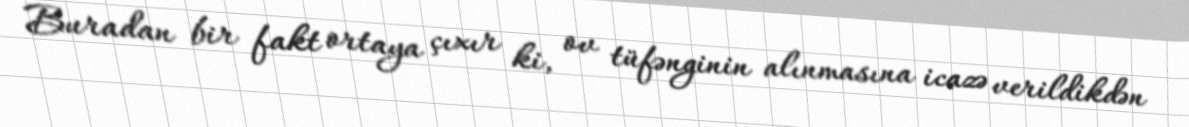
Buradan bir fakt ortaya çıxır ki, ov tüfənginin alınmasına icazə verildikdən